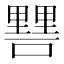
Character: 𨤷